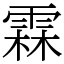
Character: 霖